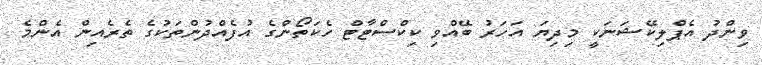
ވިންދު އެޕްލިކޭޝަނަކީ މިދިޔަ އަހަރު ބޭއްވި ކިކްސްޓާޓް ހެކަތޯންގެ އުފެއްދުންތަކުގެ ތެރެއިން އެންމެ